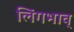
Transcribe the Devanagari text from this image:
लिंगभाव्